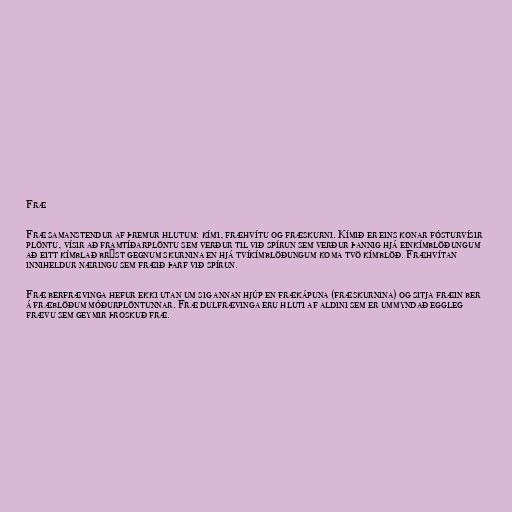
Fræ

Fræ samanstendur af þremur hlutum: kími, fræhvítu og fræskurni. Kímið er eins konar fósturvísir
plöntu, vísir að framtíðarplöntu sem verður til við spírun sem verður þannig hjá einkímblöðungum
að eitt kímblað brýst gegnum skurnina en hjá tvíkímblöðungum koma tvö kímblöð. Fræhvítan
inniheldur næringu sem fræið þarf við spírun.

Fræ berfrævinga hefur ekki utan um sig annan hjúp en frækápuna (fræskurnina) og sitja fræin ber
á fræblöðum móðurplöntunnar. Fræ dulfrævinga eru hluti af aldini sem er ummyndað eggleg
frævu sem geymir þroskuð fræ.